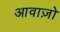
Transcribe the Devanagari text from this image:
आवाज़ो